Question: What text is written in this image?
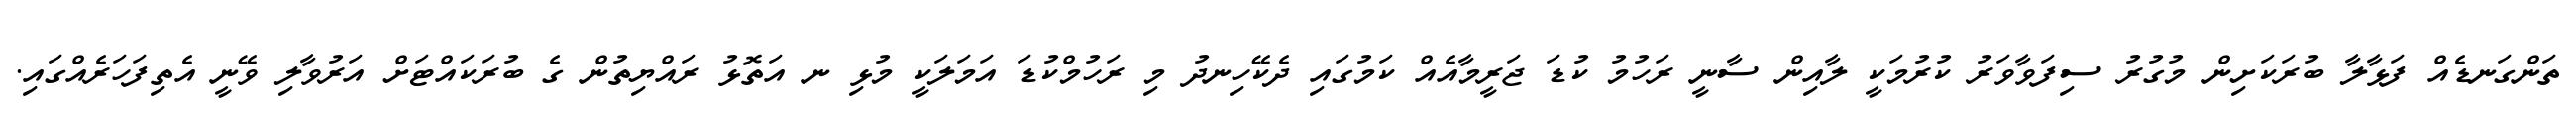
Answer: ތަންގަނޑެއް ފަޅާލާ ބުރަކަށިން މުގުރު ސިފަވާވަރު ކުރުމަކީ ލާއިން ސާނީ ރަހުމު ކުޑަ ޖަރީމާއެއް ކަމުގައި ދެކޭހިނދު މި ރަހުމްކުޑަ އަމަލަކީ މުޅި ނ އަތޮޅު ރައްޔިތުން ގެ ބުރަކައްޓަށް އަރުވާލި ވޭނީ އެތިފަހަރެއްގައި.